Annual report of the Imperial Bacteriologist
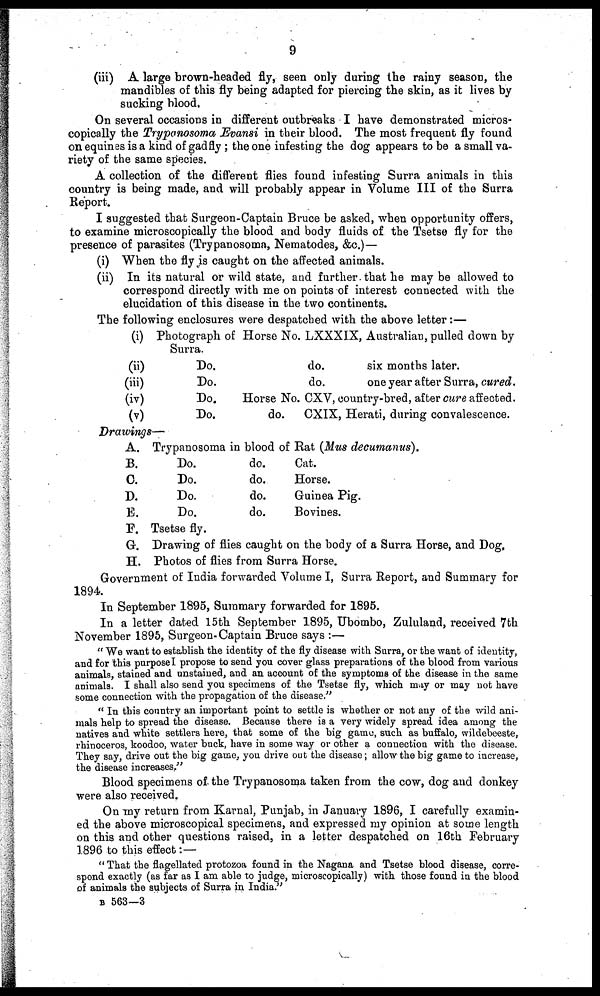
9
(iii) A large brown-headed fly, seen only during the rainy season, the
mandibles of this fly being adapted for piercing the skin, as it lives by
sucking blood.
On several occasions in different outbreaks I have demonstrated micros-
copically the Trypanosoma Evansi in their blood. The most frequent fly found
on equines is a kind of gadfly; the one infesting the dog appears to be a small va-
riety of the same species.
A collection of the different flies found infesting Surra animals in this
country is being made, and will probably appear in Volume III of the Surra
Report.
I suggested that Surgeon-Captain Bruce be asked, when opportunity offers,
to examine microscopically the blood and body fluids of the Tsetse fly for the
presence of parasites (Trypanosoma, Nematodes, &c.)—
(i) When the fly is caught on the affected animals.
(ii) In its natural or wild state, and further that he may be allowed to
correspond directly with me on points of interest connected with the
elucidation of this disease in the two continents.
The following enclosures were despatched with the above letter:—
(i)
(ii)
(iii)
(iv)
(v)
Photograph of Horse No.
Surra.
Do.
Do.
Do.
Horse No.
Do.
do.
LXXXIX, Australian, pulled down by
do.
six months later.
do.
one year after Surra, cured.
CXV, country-bred, after cure affected.
CXIX, Herati, during convalescence.
Drawings—
A. Trypanosoma in
B.
Do.
C.
Do.
D.
Do.
E.
Do.
P. Tsetse fly.
G. Drawing of flies
blood of Rat (Mus decumanus).
do.
do.
do.
do.
caught
Cat.
Horse.
Guinea Pig.
Bovines.
on the body of a Surra Horse, and Dog.
H. Photos of flies from Surra Horse.
Government of India forwarded Volume I, Surra Report, and Summary for
1894.
In September 1895, Summary forwarded for 1895.
In a letter dated 15th September 1895, Ubombo, Zululand, received 7th
November 1895, Surgeon-Captain Bruce says :—
" We want to establish the identity of the fly disease with Surra, or the want of identity,
and for this purpose I propose to send you cover glass preparations of the blood from various
animals, stained and unstained, and an account of the symptoms of the disease in the same
animals. I shall also send you specimens of the Tsetse fly, which may or may not have
some connection with the propagation of the disease."
" In this country an important point to settle is whether or not any of the wild ani-
mals help to spread the disease. Because there is a very widely spread idea among the
natives and white settlers here, that some of the big game, such as buffalo, wildebeeste,
rhinoceros, koodoo, water buck, have in some way or other a connection with the disease.
They say, drive out the big game, you drive out the disease; allow the big game to increase,
the disease increases."
Blood specimens of the Trypanosoma taken from the cow, dog and donkey
were also received.
On my return from Karnal, Punjab, in January 1896, I carefully examin-
ed the above microscopical specimens, and expressed my opinion at some length
on this and other questions raised, in a letter despatched on 16th February
1896 to this effect :—
" That the flagellated protozoa found in the Nagana and Tsetse blood disease, corre-
spond exactly (as far as I am able to judge, microscopically) with those found in the blood
of animals the subjects of Surra in India."
B 563—3